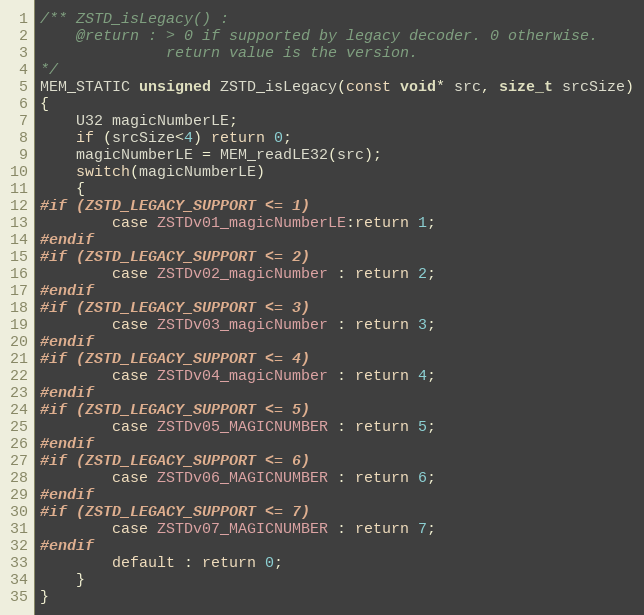
Language: C
/** ZSTD_isLegacy() :
    @return : > 0 if supported by legacy decoder. 0 otherwise.
              return value is the version.
*/
MEM_STATIC unsigned ZSTD_isLegacy(const void* src, size_t srcSize)
{
    U32 magicNumberLE;
    if (srcSize<4) return 0;
    magicNumberLE = MEM_readLE32(src);
    switch(magicNumberLE)
    {
#if (ZSTD_LEGACY_SUPPORT <= 1)
        case ZSTDv01_magicNumberLE:return 1;
#endif
#if (ZSTD_LEGACY_SUPPORT <= 2)
        case ZSTDv02_magicNumber : return 2;
#endif
#if (ZSTD_LEGACY_SUPPORT <= 3)
        case ZSTDv03_magicNumber : return 3;
#endif
#if (ZSTD_LEGACY_SUPPORT <= 4)
        case ZSTDv04_magicNumber : return 4;
#endif
#if (ZSTD_LEGACY_SUPPORT <= 5)
        case ZSTDv05_MAGICNUMBER : return 5;
#endif
#if (ZSTD_LEGACY_SUPPORT <= 6)
        case ZSTDv06_MAGICNUMBER : return 6;
#endif
#if (ZSTD_LEGACY_SUPPORT <= 7)
        case ZSTDv07_MAGICNUMBER : return 7;
#endif
        default : return 0;
    }
}